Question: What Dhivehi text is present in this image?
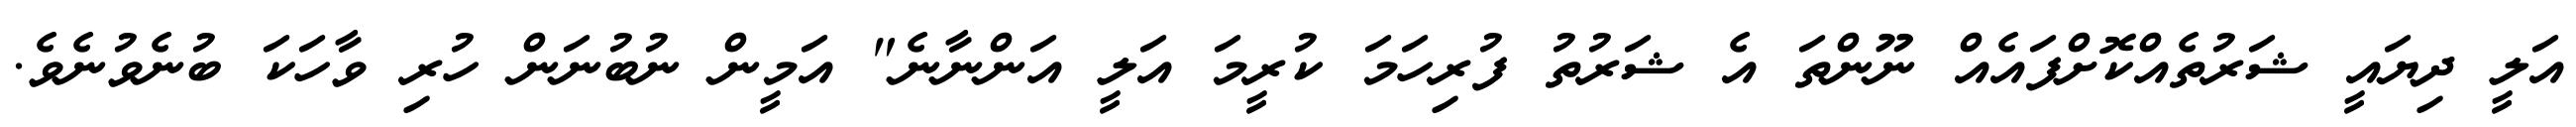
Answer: އަލީ ދިޔައީ ޝަރުތެއްކޮށްފައެއް ނޫންތަ އެ ޝަރުތު ފުރިހަމަ ކުރީމަ އަލީ އަންނާނެ" އަމީން ނުބުނަން ހުރި ވާހަކަ ބުނެވުނެވެ.